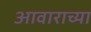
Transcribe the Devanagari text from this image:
आवाराच्या